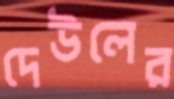
দেউলের